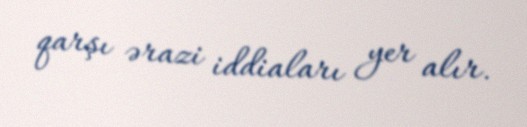
qarşı ərazi iddiaları yer alır.